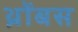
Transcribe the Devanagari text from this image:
थ्रोंबस